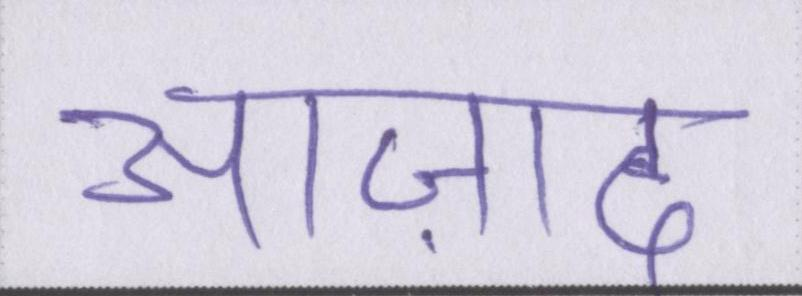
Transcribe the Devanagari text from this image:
आज़ाद